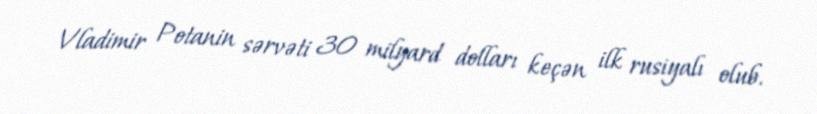
Vladimir Potanin sərvəti 30 milyard dolları keçən ilk rusiyalı olub.